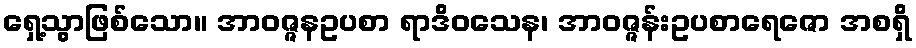
ရှေ့သွာဖြစ်သော။ အာဝဇ္ဇနဥပစာ ရာဒိဝသေန၊ အာဝဇ္ဇန်းဥပစာရေဇော အစရှိ